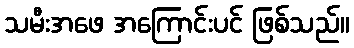
သမီးအဖေ အကြောင်းပင် ဖြစ်သည်။